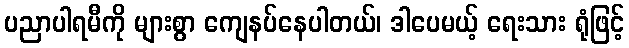
ပညာပါရမီကို များစွာ ကျေနပ်နေပါတယ်၊ ဒါပေမယ့် ရေးသား ရုံဖြင့်